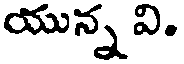
యున్న వి.